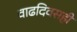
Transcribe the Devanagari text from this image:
वाढदिवसही